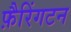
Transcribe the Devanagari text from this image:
फ़ैरिंगटन